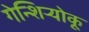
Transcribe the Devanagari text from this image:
गेन्शिर्‍योकू